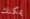
يمكنك